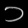
Digit: ၁